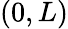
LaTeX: (0,L)